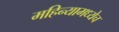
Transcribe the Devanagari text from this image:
महिन्यामध्येच